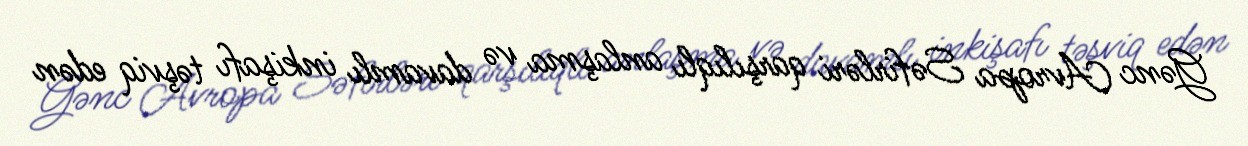
Gənc Avropa Səfirləri qarşılıqlı anlaşma və davamlı inkişafı təşviq edən